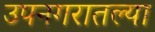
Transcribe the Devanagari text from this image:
उपनगरातल्या